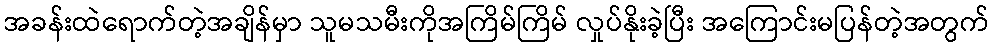
အခန်းထဲရောက်တဲ့အချိန်မှာ သူမသမီးကိုအကြိမ်ကြိမ် လှုပ်နိုးခဲ့ပြီး အကြောင်းမပြန်တဲ့အတွက်